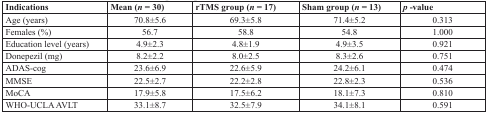
| Indications | Mean (n = 30) | rTMS group (n = 17) | Sham group (n = 13) | p -value |
 | --- | --- | --- | --- | --- |
 | Age (years) | 70.8±5.6 | 69.3±5.8 | 71.4±5.2 | 0.313 |
 | Females (%) | 56.7 | 58.8 | 54.8 | 1.000 |
 | Education level (years) | 4.9±2.3 | 4.8±1.9 | 4.9±3.5 | 0.921 |
 | Donepezil (mg) | 8.2±2.2 | 8.0±2.5 | 8.3±2.6 | 0.751 |
 | ADAS-cog | 23.6±6.9 | 22.6±5.9 | 24.2±6.1 | 0.474 |
 | MMSE | 22.5±2.7 | 22.2±2.8 | 22.8±2.3 | 0.536 |
 | MoCA | 17.9±5.8 | 17.5±6.2 | 18.1±7.3 | 0.810 |
 | WHO-UCLA AVLT | 33.1±8.7 | 32.5±7.9 | 34.1±8.1 | 0.591 |